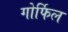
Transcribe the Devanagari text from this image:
गोर्फिल